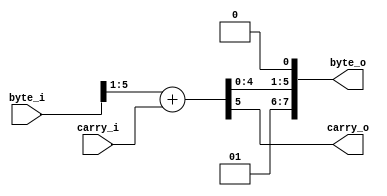
module nonce_increment_element (
	input [7:0] byte_i,
	input carry_i,
	output [7:0] byte_o,
	output carry_o
);

reg [5:0] sum;

assign byte_o = {2'b01, sum[4:0], 1'b0};
assign carry_o = sum[5];

always @(*) begin
	sum[5:0] = byte_i[5:1] + carry_i;
end

endmodule